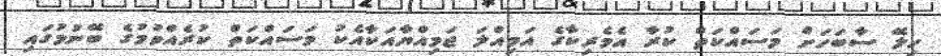
ހިލޭ ސާބަހަށް މަސައްކަތް ކުރާ އެމެރިކާގެ އަމިއްލަ ޖަމިއްޔާއަކާއެކު މަސައްކަތް ކުރެއްވުމުގެ ބޭނުމުގައި